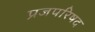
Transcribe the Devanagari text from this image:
प्रजपरिषद